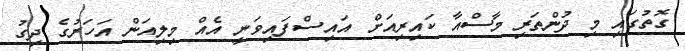
ގޮތުގައި މި ދުންތަރި މާސްއާ ކައިރިއަށް އައިސްފައިވަނީ އެއް މިލިއަން އަހަރުގެ ދިގު